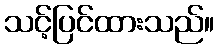
သင့်ပြင်ထားသည်။